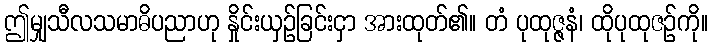
ဤမျှသီလသမာဓိပညာဟု နှိုင်းယှဉ်ခြင်းငှာ အားထုတ်၏။ တံ ပုထုဇ္ဇနံ၊ ထိုပုထုဇဉ်ကို။